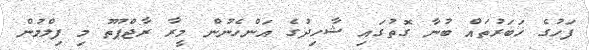
ފަހުގެ ޚަބަރުތައް ބުނާ ގޮތުގައި ޝާހިދުގެ އަންހެނުން މީރާ ރާޖްޕޫތު މި ފިލްމުން